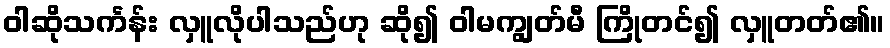
ဝါဆိုသင်္ကန်း လှူလိုပါသည်ဟု ဆို၍ ဝါမကျွတ်မီ ကြိုတင်၍ လှူတတ်၏။